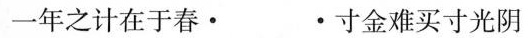
一年之计在于春· ·寸金难买寸光阴